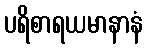
ပရိစာရယမာနာနံ